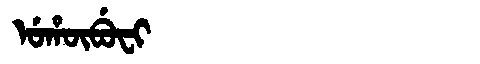
Manchu: ᡠᡥᡡᠪᡠᠸᡳ
Romanization: UHŪBUFI